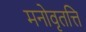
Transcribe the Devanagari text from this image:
मनोवृतत्ति